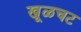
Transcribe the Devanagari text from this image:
खूळचट